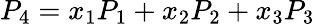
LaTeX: P_{4}=x_{1}P_{1}+x_{2}P_{2}+x_{3}P_{3}